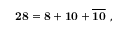
{ \bf 2 8 } = { \bf 8 } + { \bf 1 0 } + { \overline { { { \bf 1 0 } } } } ~ ,